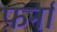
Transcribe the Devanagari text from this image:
फ़र्नां